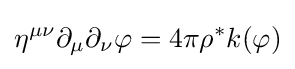
\eta ^{\mu \nu }\partial _{\mu }\partial _{\nu }\varphi =4\pi \rho ^{*}k(\varphi )